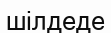
шілдеде